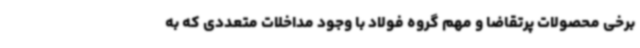
برخی محصولات پرتقاضا و مهم گروه فولاد با وجود مداخلات متعددی که به